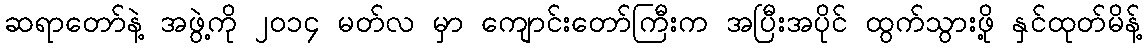
ဆရာတော်နဲ့ အဖွဲ့ကို ၂၀၁၄ မတ်လ မှာ ကျောင်းတော်ကြီးက အပြီးအပိုင် ထွက်သွားဖို့ နှင်ထုတ်မိန့်